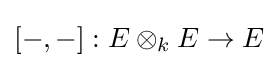
[-,-]:E\otimes _{k}E\to E